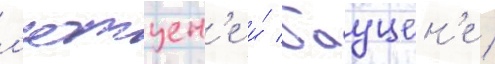
л'ютцен'е и́ бауцен'е /